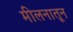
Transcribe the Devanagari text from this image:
मीलनातून